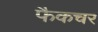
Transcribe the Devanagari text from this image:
फैकचर